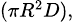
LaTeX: \scriptstyle(\pi R^{2}D),